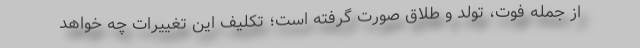
از جمله فوت، تولد و طلاق صورت گرفته است؛ تکلیف این تغییرات چه خواهد